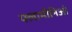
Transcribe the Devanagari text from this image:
फ्लामीनिओ